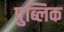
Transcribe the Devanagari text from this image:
पुब्लिक